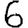
Digit: 6